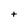
Character: t